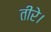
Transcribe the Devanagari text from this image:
तीरे।